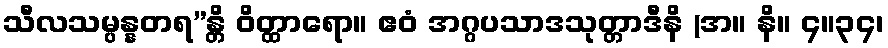
သီလသမ္ပန္နတရ”န္တိ ဝိတ္ထာရော။ ဧဝံ အဂ္ဂပသာဒသုတ္တာဒီနိ (အ။ နိ။ ၄။၃၄၊